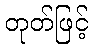
တုတ်ဖြင့်